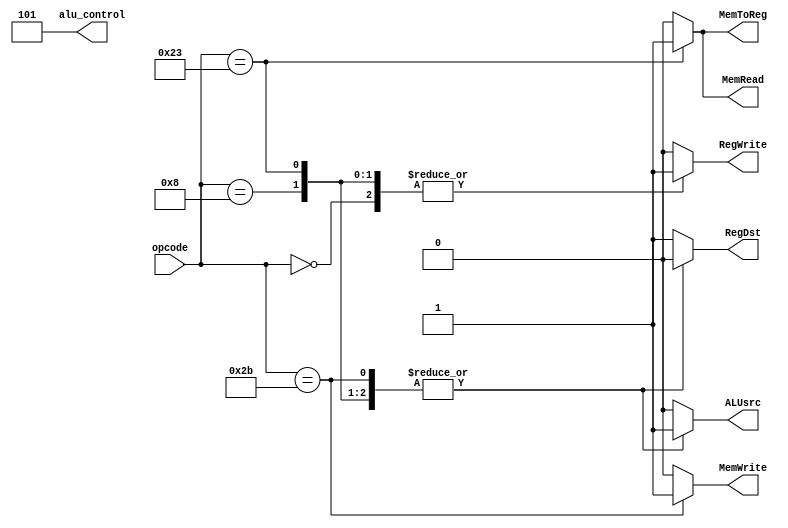
`timescale 1ns / 1ps

module controller(
    input [5:0] opcode,
    output reg RegDst, RegWrite, ALUsrc, MemWrite, MemRead, MemToReg,
    output reg [2:0] alu_control
    );
    //opcode
    parameter ADD       = 6'h0;
    parameter ADDI      = 6'h8;
    parameter LOAD      = 6'h23;
    parameter STORE     = 6'h2b;
    
    //alu control
    parameter comp      = 3'b000;
    parameter andd      = 3'b001;
    parameter xorr      = 3'b010;
    parameter orr       = 3'b011;
    parameter dec       = 3'b100;
    parameter add       = 3'b101;
    parameter sub       = 3'b110;
    parameter inc       = 3'b111;
    
    always @ (*) begin
        case (opcode) 
            ADD     :   begin
                RegDst      =   1;
                RegWrite    =   1;
                ALUsrc      =   0;
                alu_control =   add;
                MemWrite    =   0;
                MemRead     =   0;
                MemToReg    =   0;
                end
            ADDI    :   begin
                RegDst      =   0;
                RegWrite    =   1;
                ALUsrc      =   1;
                alu_control =   add;
                MemWrite    =   0;
                MemRead     =   0;
                MemToReg    =   0;
                end
            LOAD    :   begin
                RegDst      =   0;
                RegWrite    =   1;
                ALUsrc      =   1;
                alu_control =   add;
                MemWrite    =   0;
                MemRead     =   1;
                MemToReg    =   1;
                end
             STORE  :   begin
                RegDst      =   0;
                RegWrite    =   0;
                ALUsrc      =   1;
                alu_control =   add;
                MemWrite    =   1;
                MemRead     =   0;
                MemToReg    =   0;
                end
            default :   begin
                RegDst      =   1;
                RegWrite    =   0;
                ALUsrc      =   0;
                alu_control =   add;
                MemWrite    =   0;
                MemRead     =   0;
                MemToReg    =   0;
                end
        endcase
    end
endmodule